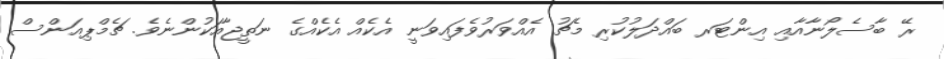
ރޭ ބާސެލޯނާއާއި އިންޓަރ ބައްދަލުކުރި މެޗު އެއްވަރުވެފައިވަނީ އެކެއް އެކެއްގެ ނަތީޖާއަކުންނެވެ. ޗެމްޕިއަންސް